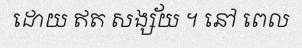
ដោយ ឥត សង្ស័យ ។ នៅ ពេល